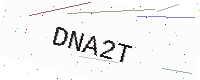
Text: DNA2T